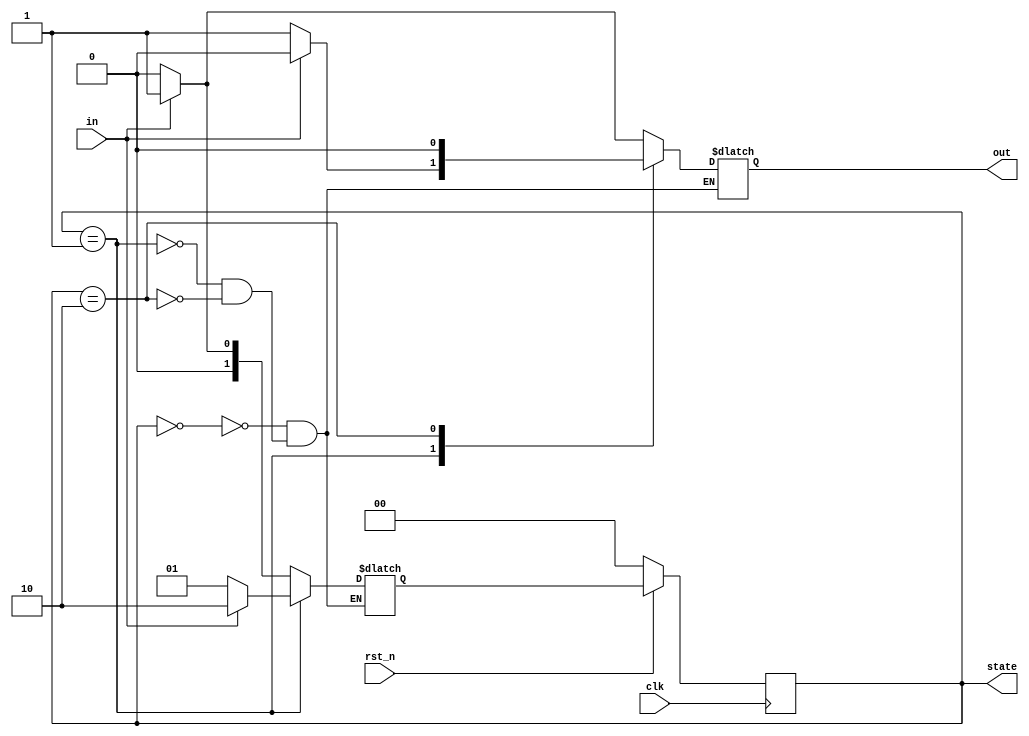
`timescale 1ns/1ps

module Mealy (clk, rst_n, in, out, state);
input clk, rst_n;
input in;
output reg out;
output reg [2-1:0] state;

parameter S0 = 2'b00;
parameter S1 = 2'b01;
parameter S2 = 2'b10;

reg [2-1:0] next_state;

always @(posedge clk) begin
    if (!rst_n)
        state <= S0;
    else
        state <= next_state;
end

always @(*) begin
    case(state)
        S0:
            if (in == 1'b0) begin
                next_state = S0;
                out = 1'b0;
            end else begin
                next_state = S1;
                out = 1'b1;
            end
        S1:
            if (in == 1'b0) begin
                next_state = S1;
                out = 1'b1;
            end else begin
                next_state = S2;
                out = 1'b0;
            end
        S2:
            if (in == 1'b0) begin
                next_state = S0;
                out = 1'b0;
            end else begin
                next_state = S1;
                out = 1'b0;
            end
    endcase
end

endmodule